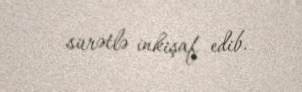
sürətlə inkişaf edib.